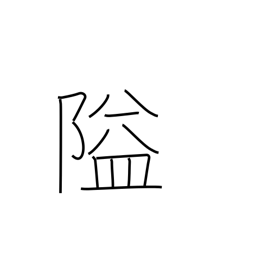
Meaning: obstruct